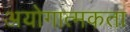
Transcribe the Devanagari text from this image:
अयोगात्मकता